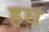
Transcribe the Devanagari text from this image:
हघ